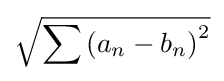
{\sqrt {\sum \left(a_{n}-b_{n}\right)^{2}}}